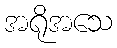
အရိုအသေ